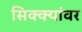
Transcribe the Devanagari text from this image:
सिक्क्यांवर